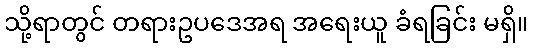
သို့ရာတွင် တရားဥပဒေအရ အရေးယူ ခံရခြင်း မရှိ။